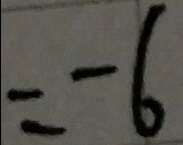
= - 6